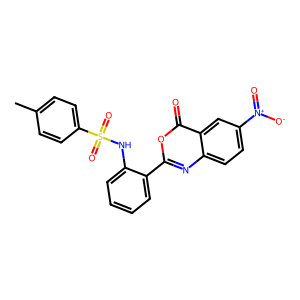
SMILES: Cc1ccc(S(=O)(=O)Nc2ccccc2-c2nc3ccc([N+](=O)[O-])cc3c(=O)o2)cc1
Inhibits HIV replication: No